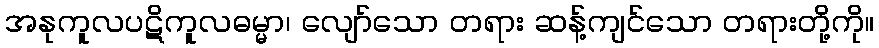
အနုကူလပဋိကူလဓမ္မာ၊ လျော်သော တရား ဆန့်ကျင်သော တရားတို့ကို။